Lunatic asylums Bombay report 1891-1903 - 1891-1903
Year: 1891
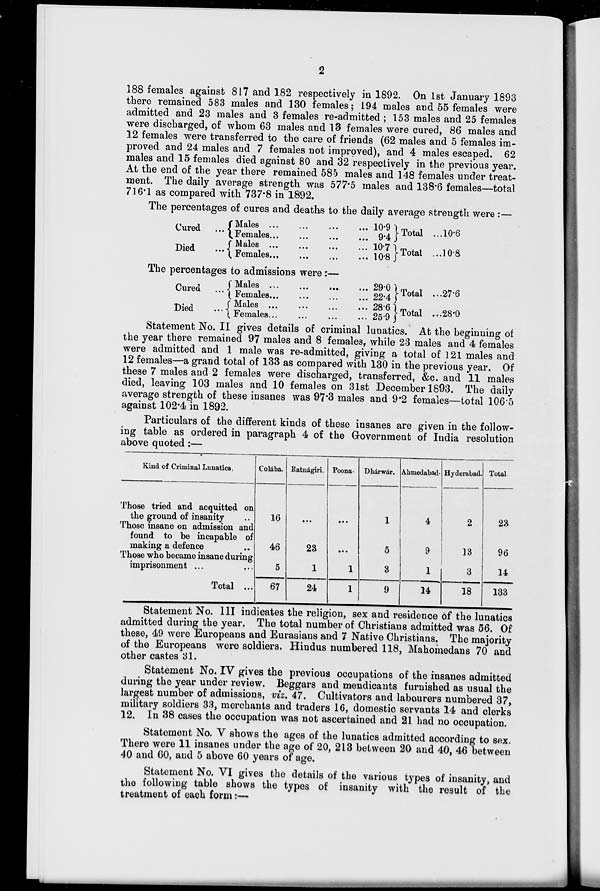
2
188 females against 817 and 182 respectively in 1892. On 1st January 1893
there remained 583 males and 130 females ; 194 males and 55 females were
admitted and 23 males and 3 females re-admitted ; 153 males and 25 females
were discharged, of whom 63 males and 13 females were cured, 86 males and
12 females were transferred to the care of friends (62 males and 5 females im-
proved and 24 males and 7 females not improved), and 4 males escaped. 62
males and 15 females died against 80 and 32 respectively in the previous year.
At the end of the year there remained 585 males and 148 females under treat-
ment. The daily average strength was 577.5 males and 138.6 females—total
716.1 as compared with 737.8 in 1892.
The percentages of cures and deaths to the daily average strength were :—
Cured
...
Died
...
Males ... ... ... ...
Females ... ... ... ...
Males ... ... ... ...
Females ... ... ... ...
10.9
9.4
10.7
10.8
Total ...
Total ...
10.6
10.8
The percentages to admissions were :—
Cured ...
Died
...
Males ... ... ... ...
Females
...
...
...
...
Males ... ... ... ...
Females ... ... ... ...
29.0
22.4
28.6
25.9
Total ...
Total ...
27.6
28.0
Statement No. II gives details of criminal lunatics. At the beginning of
the year there remained 97 males and 8 females, while 23 males and 4 females
were admitted and 1 male was re-admitted, giving a total of 121 males and
12 females—a grand total of 133 as compared with 130 in the previous year. Of
these 7 males and 2 females were discharged, transferred, &c. and 11 males
died, leaving 103 males and 10 females on 31st December 1893. The daily
average strength of these insanes was 97.3 males and 9.2 females—total 106.5
against 102.4 in 1892.
Particulars of the different kinds of these insanes are given in the follow-
ing table as ordered in paragraph 4 of the Government of India resolution
above quoted :—
Kind of Criminal Lunatics.
Those tried and acquitted on
the ground of insanity ..
Those insane on admission and
found to be incapable of
making a defence ..
Those who became insane during
imprisonment ... ...
Total ...
Colába.
16
46
5
67
Ratnágiri.
...
23
1
24
Poona.
...
...
1
1
Dhárwár.
1
5
3
9
Ahmedabad.
4
9
1
14
Hyderabad.
2
13
3
18
Total
23
96
14
133
Statement No. III indicates the religion, sex and residence of the lunatics
admitted during the year. The total number of Christians admitted was 56. Of
these, 49 were Europeans and Eurasians and 7 Native Christians. The majority
of the Europeans were soldiers. Hindus numbered 118, Mahomedans 70 and
other castes 31.
Statement No. IV gives the previous occupations of the insanes admitted
during the year under review. Beggars and mendicants furnished as usual the
largest number of admissions, viz. 47. Cultivators and labourers numbered 37,
military soldiers 33, merchants and traders 16, domestic servants 14 and clerks
12. In 38 cases the occupation was not ascertained and 21 had no occupation.
Statement No. V shows the ages of the lunatics admitted according to sex.
There were 11 insanes under the age of 20, 213 between 20 and 40, 46 between
40 and 60, and 5 above 60 years of age.
Statement No. VI gives the details of the various types of insanity, and
the following table shows the types of insanity with the result of the
treatment of each form :—